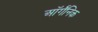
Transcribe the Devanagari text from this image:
ऑर्गॅनिक